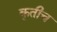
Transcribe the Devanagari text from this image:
कृतीच